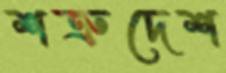
শত্রুদেশ